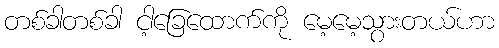
တစ်ခါတစ်ခါ ငါ့ခြေထောက်ကို မေ့မေ့သွားတယ်ဟာ